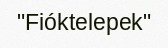
"Fióktelepek"